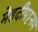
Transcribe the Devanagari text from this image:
मेहदीपट्टनम